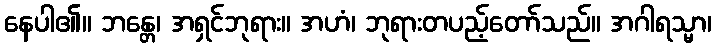
နေပါ၏။ ဘန္တေ၊ အရှင်ဘုရား။ အဟံ၊ ဘုရားတပည့်တော်သည်။ အဂါရသ္မာ၊